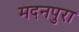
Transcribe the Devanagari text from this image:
मदनपुरा